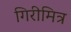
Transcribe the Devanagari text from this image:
गिरीमित्र